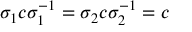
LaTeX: \sigma _ { 1 } c \sigma _ { 1 } ^ { - 1 } = \sigma _ { 2 } c \sigma _ { 2 } ^ { - 1 } = c